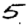
Digit: 5